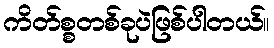
ကိတ်စ္စတစ်ခုပဲဖြစ်ပါတယ်။